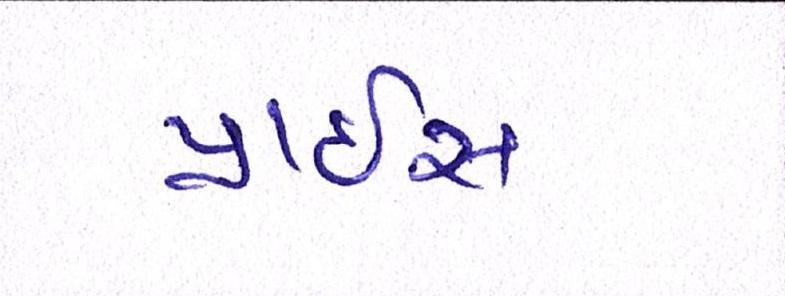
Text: પ્રાઇસ